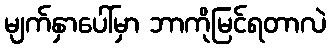
မျက်နှာပေါ်မှာ ဘာကိုမြင်ရတာလဲ